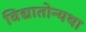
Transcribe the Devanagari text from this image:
विद्यातोन्यथा